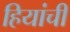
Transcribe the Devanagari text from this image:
हियांची